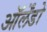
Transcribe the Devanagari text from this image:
ऑर्लेंडो